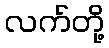
လက်တို့